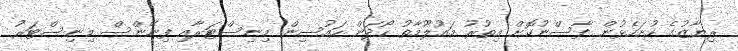
ރިޔާޒުގެ ހުށަހެޅުން ފާސްނުކޮށް އިތުރު މައުލޫމާތު ހޯދަން ހައުސިން މިނިސްޓަރާއި ފިނޭންސް މިނިސްޓަރު